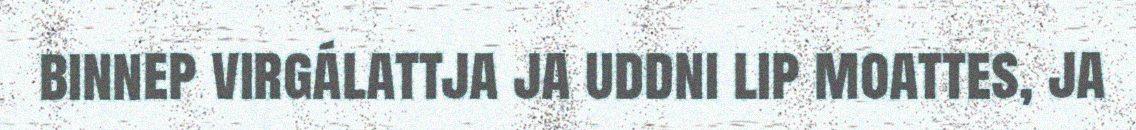
binnep virgálattja ja uddni lip moattes, ja